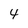
Character: 4